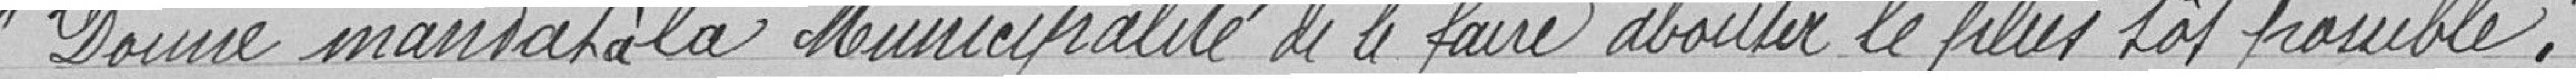
Donne mandat à la Municipalité de le faire aboutir le plus tôt possible.